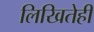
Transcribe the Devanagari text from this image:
लिखितेही